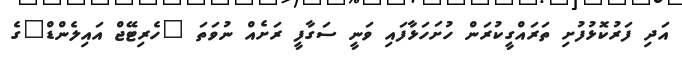
އަދި ފަރުކޮޅުފުށި ތަރައްގީކުރަން ހުށަހަޅާފައި ވަނީ ސަގާފީ ރަށެއް ނުވަތަ "ހެރިޓޭޖް އައިލެންޑް"ގެ